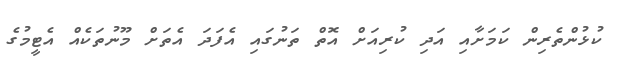
ކުޅުންތެރިން ކަމަށާއި އަދި ކުރިއަށް އޮތް ތަނުގައި އެފަދަ އެތަށް މޫނުތަކެއް އެޓީމުގެ